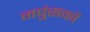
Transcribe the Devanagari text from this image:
नपुंसकों